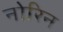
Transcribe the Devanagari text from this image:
नोरिन